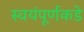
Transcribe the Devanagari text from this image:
स्वयंपूर्णकडे